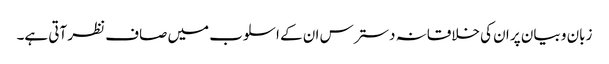
زبان و بیان پر ان کی خلاقانہ دسترس ان کے اسلوب میں صاف نظر آتی ہے۔